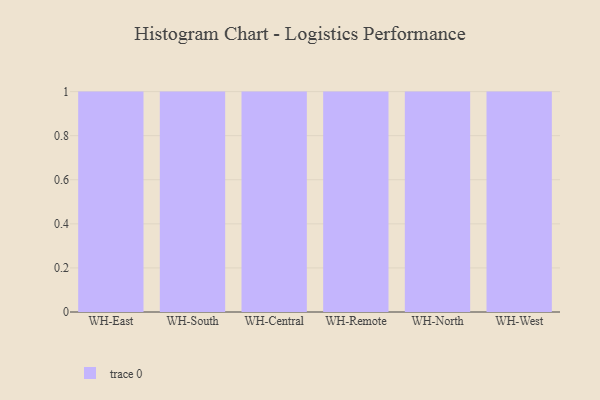
{"axis": {"x": "Warehouse", "y": "Conversion Rate (%)"}, "legend": [""], "data": [{"x": "WH-East", "y": 88, "type": ""}, {"x": "WH-South", "y": 50, "type": ""}, {"x": "WH-Central", "y": 82, "type": ""}, {"x": "WH-Remote", "y": 90, "type": ""}, {"x": "WH-North", "y": 41, "type": ""}, {"x": "WH-West", "y": 43, "type": ""}]}